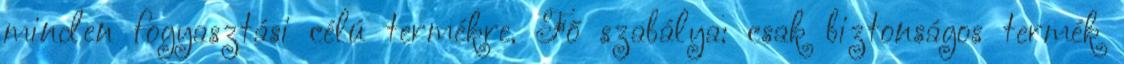
minden fogyasztási célú termékre. Fő szabálya: csak biztonságos termék